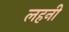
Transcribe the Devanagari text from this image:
लहनी